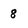
Character: 8